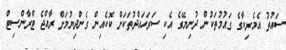
ސައުތު އެމެރިކާގެ ގައުމުތަކުން ދުނިޔޭގެ އެކި ސަރަހައްދުތަކަށް ކޮކެއިން ގެންދިޔުމަށް ރާއްޖެ ޓްރާންސިޓް